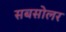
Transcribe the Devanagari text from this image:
सबसोलर